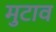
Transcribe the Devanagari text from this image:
मुटाव